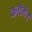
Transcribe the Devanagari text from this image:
करॊगे।